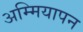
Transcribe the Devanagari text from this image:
अम्मियापन